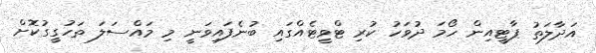
އަދާލަތު ޕާޓީއިން ހޯމަ ދުވަހު ކުރި ޓްވީޓެއްގައި ބުނެފައިވަނީ މި މައްސަލަ ތަހުގީގުކޮށް